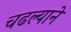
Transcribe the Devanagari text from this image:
चढल्याने